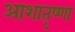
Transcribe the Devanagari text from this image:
आशातृष्णा